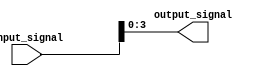
module part_select_assign(
    input wire [7:0] input_signal,
    output reg [3:0] output_signal
);

always @(*)
begin
    output_signal = input_signal[3:0]; // Assigning bits [3:0] from input_signal to output_signal
end

endmodule